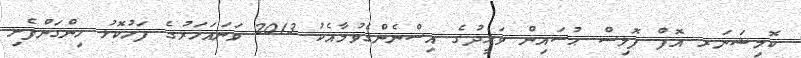
ކޮމިޝަނަރ އޮފް ޕޮލިސް ޙުސައިން ވަޙީދުގެ އިސްނެންގެވުމާއެކު 2013 ވަނައަހަރުގެ ފަހުކޮޅު ހިންގަންފެށި